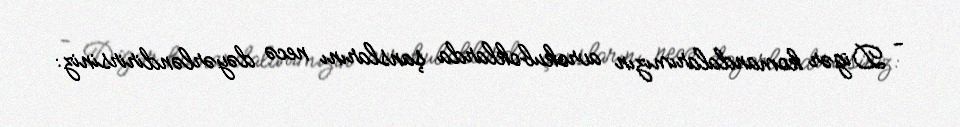
- Digər komandalarımızın avrokuboklarda şanslarını necə dəyərləndirirsiniz: